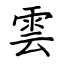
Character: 雲